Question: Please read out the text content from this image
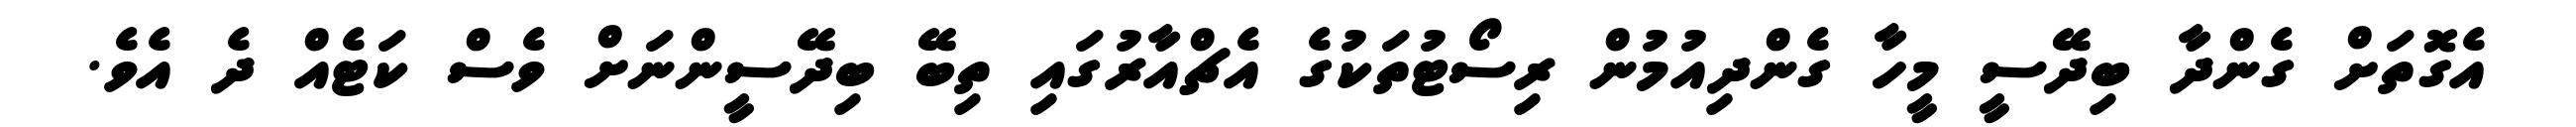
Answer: އެގޮތަށް ގެންދާ ބިދޭސީ މީހާ ގެންދިއުމުން ރިސޯޓުތަކުގެ އެޗްއާރުގައި ތިބޭ ބިދޭސީންނަށް ވެސް ކަޓެއް ދެ އެވެ.